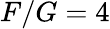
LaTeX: F/G=4